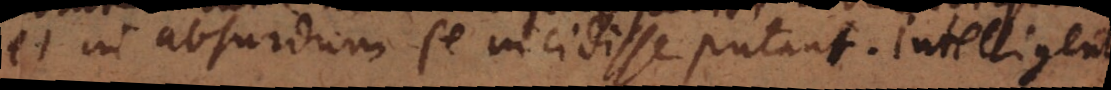
et in absurdum se incidisse putant. Intelligentes